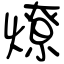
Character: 燎